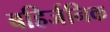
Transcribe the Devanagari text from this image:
बहिर्जनिक